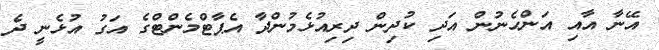
އޭނާ އާއި އަންހެނުން އަދި ކުދިން ދިރިއުޅެމުންދާ އެޕާޓްމެންޓްގެ އަގު އުޅެނީ ދެ